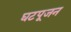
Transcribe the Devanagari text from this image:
घटपूजन